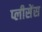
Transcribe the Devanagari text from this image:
प्लीसेंस